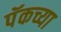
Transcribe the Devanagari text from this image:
पॅकच्या